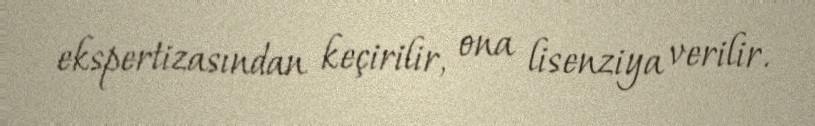
ekspertizasından keçirilir, ona lisenziya verilir.